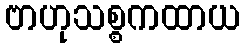
ဗာဟုသစ္စကထာယ